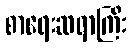
စာရေးဆရာကြီး